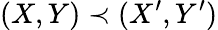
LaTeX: (X,Y)\prec(X^{\prime},Y^{\prime})